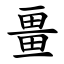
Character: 畺